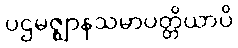
ပဌမဇ္ဈာနသမာပတ္တိယာပိ